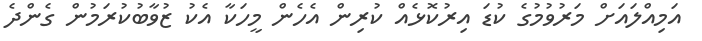
އަމިއްލައަށް މަރުވުމުގެ ކުޑަ އިރުކޮޅެއް ކުރިން އެހެން މީހަކާ އެކު ޒުވާބުކުރަމުން ގެންދެ